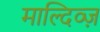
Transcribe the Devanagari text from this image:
माल्दिव्ज़